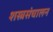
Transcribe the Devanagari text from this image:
शस्त्रसंचालन